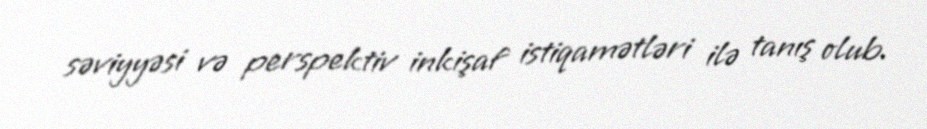
səviyyəsi və perspektiv inkişaf istiqamətləri ilə tanış olub.